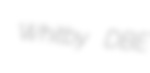
Whitby DBE